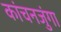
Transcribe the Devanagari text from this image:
कांचनजुंगा